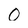
Character: 0